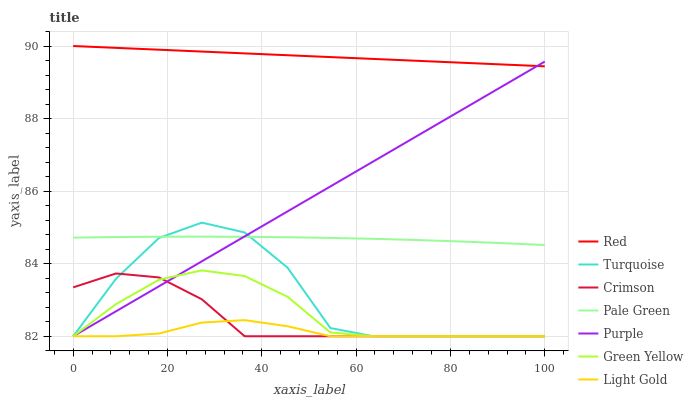
| xaxis_label | Red | Turquoise | Crimson | Pale Green | Purple | Green Yellow | Light Gold |
 | --- | --- | --- | --- | --- | --- | --- | --- |
 | 0 | 90 | 82 | 83.3 | 84.7 | 82 | 82 | 82 |
 | 9.09 | 89.9 | 83.6 | 83.7 | 84.7 | 82.7 | 82.9 | 82 |
 | 18.2 | 89.9 | 84.7 | 83.6 | 84.7 | 83.4 | 83.6 | 82.1 |
 | 27.3 | 89.8 | 85.1 | 83 | 84.7 | 84.1 | 83.8 | 82.4 |
 | 36.4 | 89.8 | 84.9 | 82 | 84.7 | 84.8 | 83.7 | 82.4 |
 | 45.5 | 89.7 | 83.9 | 82 | 84.7 | 85.4 | 83.1 | 82.3 |
 | 54.5 | 89.7 | 82.2 | 82 | 84.7 | 86.1 | 82.1 | 82 |
 | 63.6 | 89.6 | 82 | 82 | 84.7 | 86.8 | 82 | 82 |
 | 72.7 | 89.6 | 82 | 82 | 84.7 | 87.5 | 82 | 82 |
 | 81.8 | 89.5 | 82 | 82 | 84.6 | 88.2 | 82 | 82 |
 | 90.9 | 89.5 | 82 | 82 | 84.6 | 88.9 | 82 | 82 |
 | 100 | 89.4 | 82 | 82 | 84.5 | 89.6 | 82 | 82 |